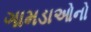
ગામડાઓનો